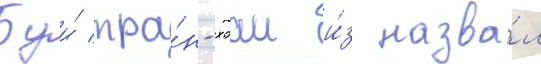
Буи́ тра́н-хоаи и́з назва́л